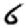
Digit: 6